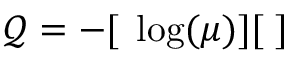
{ \mathcal Q } = - [ { \bf \nabla } \log ( \mu ) ] [ { \bf \nabla } ]